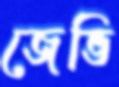
জেভি